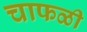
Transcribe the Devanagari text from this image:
चाफळी